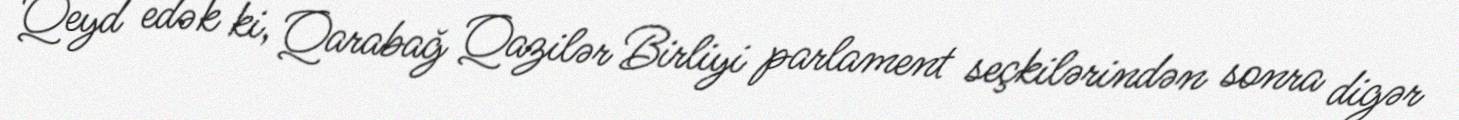
Qeyd edək ki, Qarabağ Qazilər Birliyi parlament seçkilərindən sonra digər